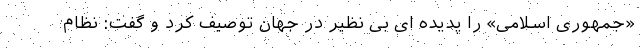
«جمهوری اسلامی» را پدیده ای بی نظیر در جهان توصیف کرد و گفت: نظام